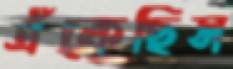
এঁকেছিস